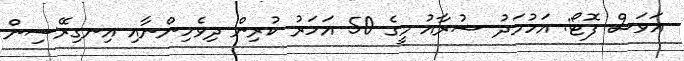
އަވަސް ފޮޓޯ: އަހުމަދު ޝުރާއު މީގެ 50 އަހަރު ކުރިން ދިވެހިންނާއި އިނގިރޭސިން